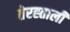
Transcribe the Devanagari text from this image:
तेरह्ताली